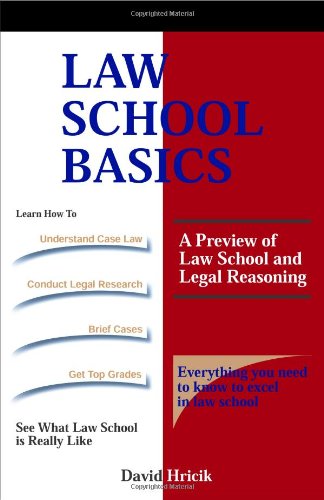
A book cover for Law School Basics; David Hricik; Education & Teaching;